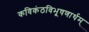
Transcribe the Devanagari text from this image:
कविकंठविभूषणार्थम्